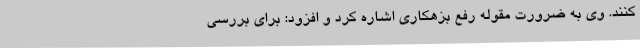
کنند. وی به ضرورت مقوله رفع بزهکاری اشاره کرد و افزود: برای بررسی